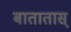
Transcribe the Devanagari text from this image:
बातातास्